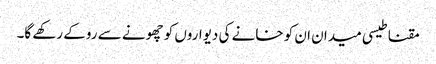
مقناطیسی میدان ان کو خانے کی دیواروں کو چھونے سے روکے رکھے گا۔